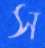
স